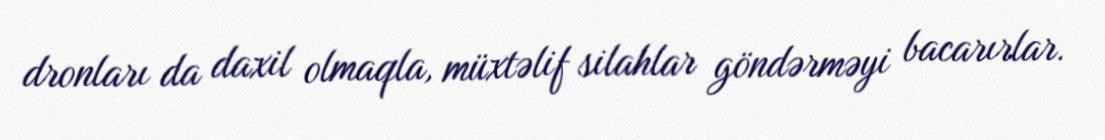
dronları da daxil olmaqla, müxtəlif silahlar göndərməyi bacarırlar.